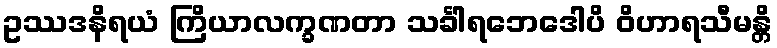
ဥဿဒနိရယံ ကြိယာလက္ခဏတာ သင်္ခါရဘေဒေါပိ ဝိဟာရသီမန္တိ